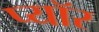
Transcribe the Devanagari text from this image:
प्यॉर